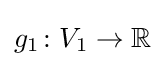
g_{1}\colon V_{1}\to \mathbb {R}